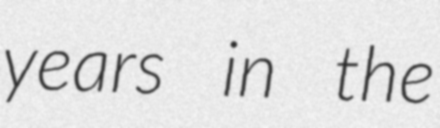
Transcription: years in the